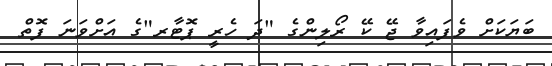
ބަޔަކަށް ވެފައިވާ ޖޭ ކޭ ރޯލިންގެ "ދަ ހެރީ ޕޮޓާރ"ގެ އަށްވަނަ ފޮތް